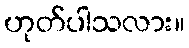
ဟုတ်ပါသလား။